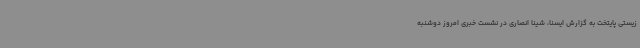
زیستی پایتخت به گزارش ایسنا، شینا انصاری در نشست خبری امروز دوشنبه